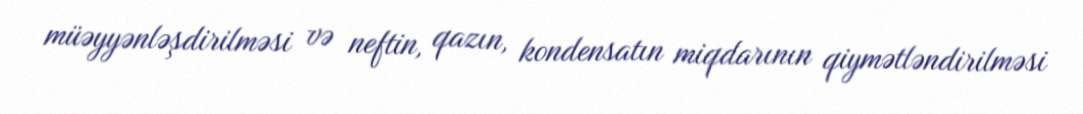
müəyyənləşdirilməsi və neftin, qazın, kondensatın miqdarının qiymətləndirilməsi